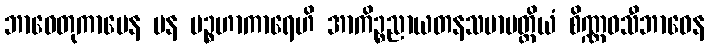
ဘာဝေတုကာမေန ပန ပဉ္စဟာကာရေဟိ အာကိဉ္စညာယတနသမာပတ္တိယံ စိဏ္ဏဝသီဘာဝေန